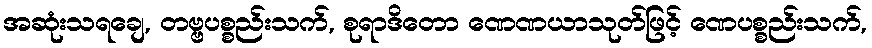
အဆုံးသရချေ, တဗ္ဗပစ္စည်းသက်, စုရာဒိတော ဏေဏယာသုတ်ဖြင့် ဏေပစ္စည်းသက်,